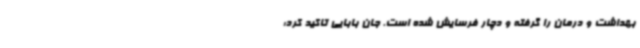
بهداشت و درمان را گرفته و دچار فرسایش شده است. جان بابایی تاکید کرد: